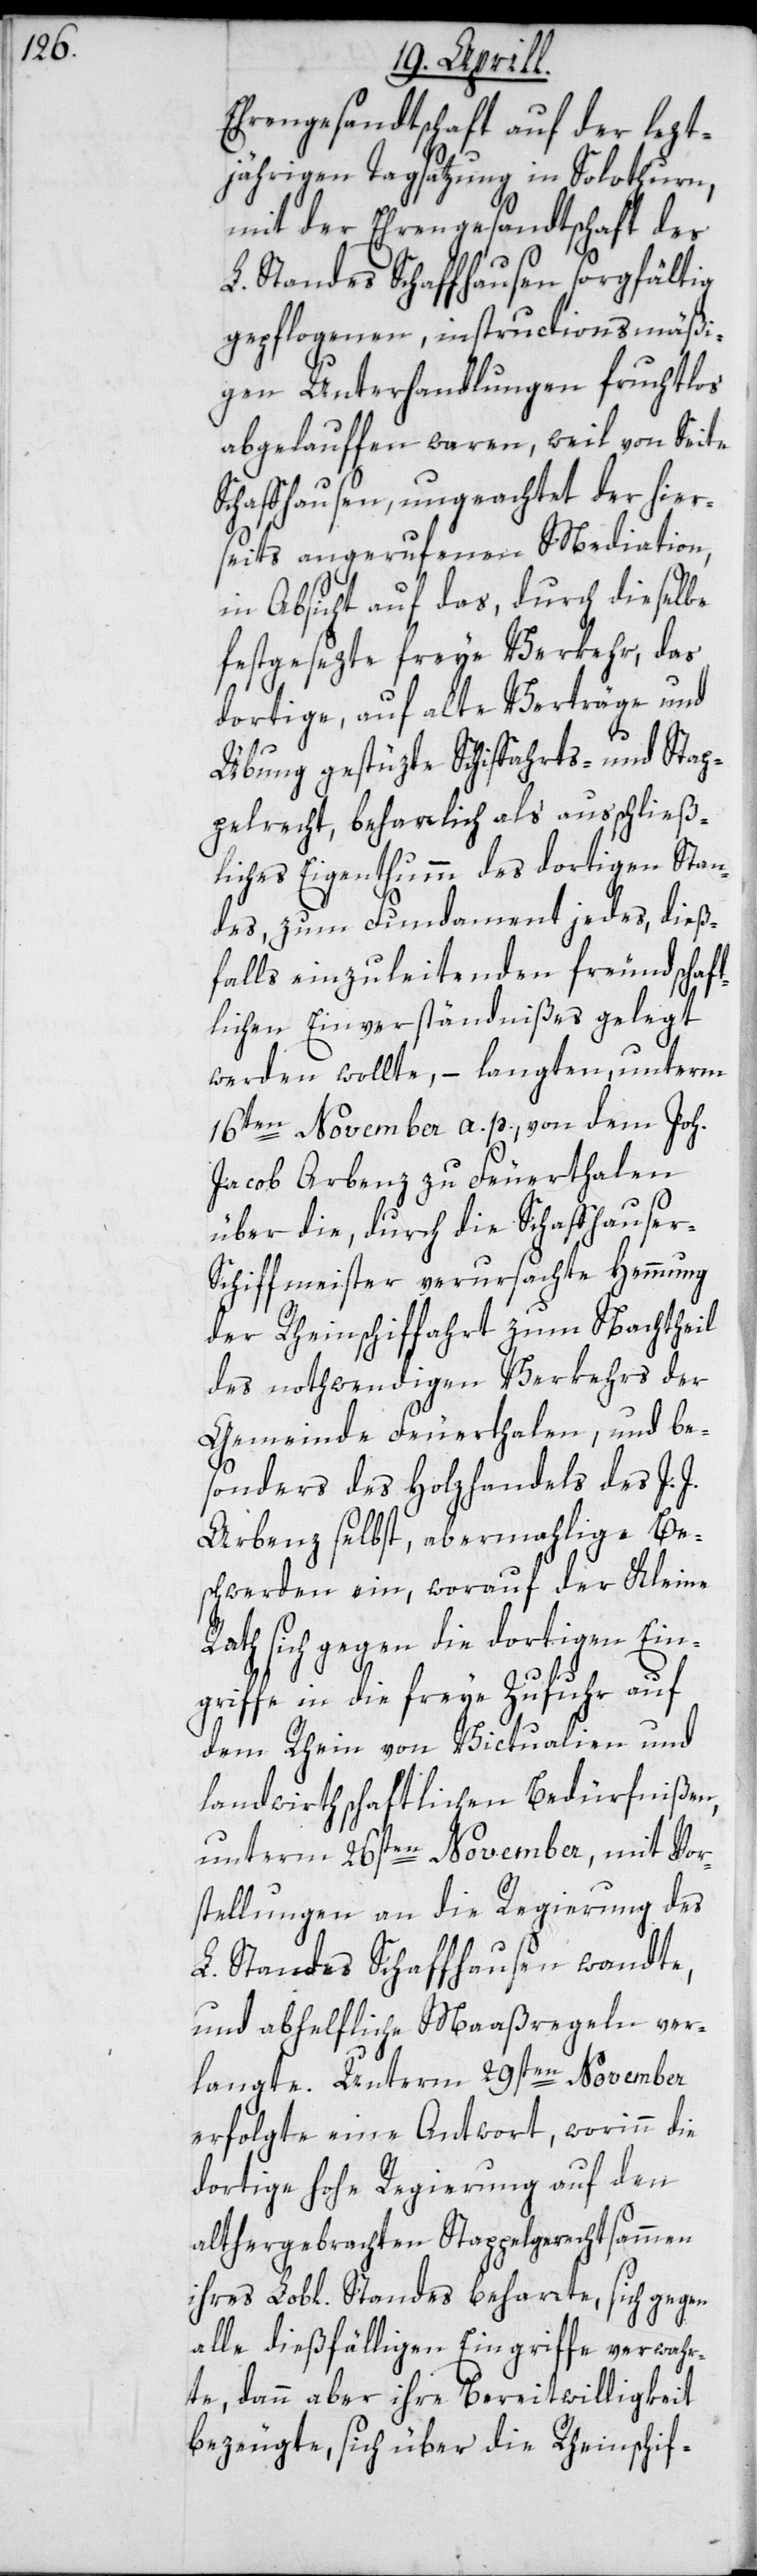
Ehrengesandtschaft auf der letzt¬
jährigen Tagsatzung in Solothurn,
mit der Ehrengesandtschaft des
L. Standes Schaffhausen sorgfältig
gepflogenen, instructionsmäßi¬
gen Unterhandlungen fruchtlos
abgelauffen waren, weil von Seite
Schaffhausen, ungeachtet der hier¬
seits angerufenen Mediation,
in Absicht auf das, durch dieselbe
festgesezte freye Verkehr, das
dortige, auf alte Verträge und
Übung gestüzte Schiffahrts- und Stap¬
pelrecht, beharrlich als ausschließ¬
liches Eigentumm des dortigen Stan¬
des, zum Fundament jedes, dieß¬
falls einzuleitenden freundschaft¬
lichen Einverständnißes gelegt
werden wollte, – langten, unterm
16ten November a. p. von dem Joh.
Jacob Arbenz zu Feuerthalen
über die, durch die Schaffhause¬
r-Schiffmeister verursachte Hemmung
der Rheinschiffahrt zum Nachtheil
des nothwendigen Verkehrs der
Gemeinde Feuerthalen, und be¬
sonders des Holzhandels des J. J.
Arbenz selbst, abermahlige Be¬
schwerden ein, worauf der Kleine
Rath sich gegen die dortigen Ein¬
griffe in die freye Zufuhr auf
dem Rhein von Victualien und
landwirthschaftlichen Bedürfnißen,
unterm 26sten November, mit Vor¬
stellungen an die Regierung des
L. Standes Schaffhausen wandte,
und abhelfliche Maaßregeln ver¬
langte. Unterm 29sten November
erfolgte ein Antwort, worinn die
dortige hohe Regierung auf den
althergebrachten Stappelrechtsammen
ihres Lobl. Standes beharrte, sich gegen
alle dießfälligen Eingriffe verwahr¬
te, dann aber ihre Bereitwilligkeit
bezeugte, sich über die Rheinschif-